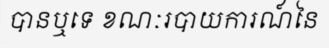
បានឬទេ ខណៈរបាយការណ៍នៃ